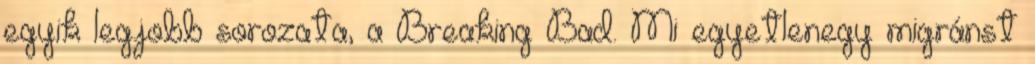
egyik legjobb sorozata, a Breaking Bad. Mi egyetlenegy migránst